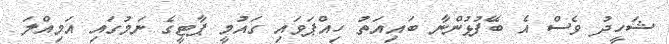
ޝަހީދު ވެސް އެ ބޭފުޅުންނާ ބައިއަތު ހިއްޕަވައި ގައުމީ ޕާޓީގެ ނަމުގައި އަމިއްލަ